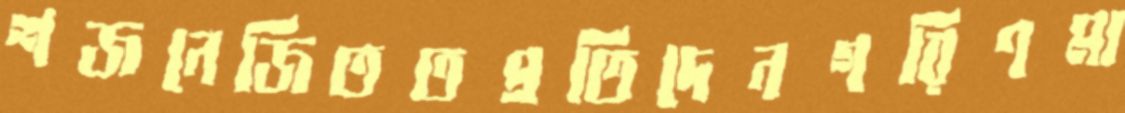
শজনেজিততপ্রতিদেনগরিণমা